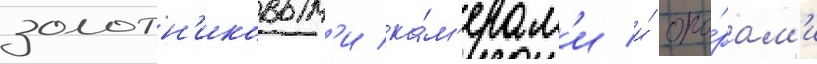
золотн'иковым'и ка́м'ерам'и и́ опо́рам'и